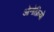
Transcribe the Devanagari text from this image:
ओनोफ़्रियो